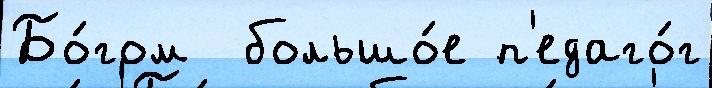
Бо́гом  большо́е п'едаго́г